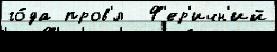
го́да пров'́л  Ф'ер'ичн'ий